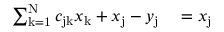
\begin{array} { r l } { \sum _ { \mathrm { k = 1 } } ^ { \mathrm { N } } c _ { \mathrm { j k } } x _ { \mathrm { k } } + x _ { \mathrm { j } } - y _ { \mathrm { j } } } & { { } = x _ { \mathrm { j } } } \end{array}